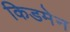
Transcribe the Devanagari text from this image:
किडमेन